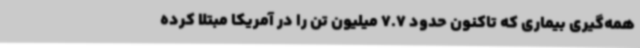
همه‌گیری بیماری که تاکنون حدود 7.7 میلیون تن را در آمریکا مبتلا کرده